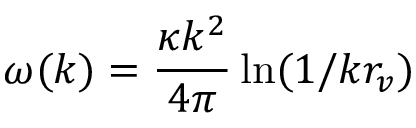
\omega ( k ) = \frac { \kappa k ^ { 2 } } { 4 \pi } \ln ( 1 / k r _ { v } )